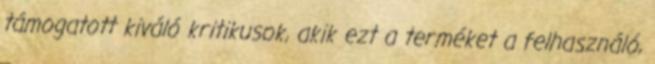
támogatott kiváló kritikusok, akik ezt a terméket a felhasználó,